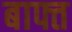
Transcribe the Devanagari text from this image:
बाफ्त